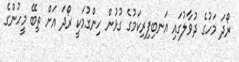
ރޯދަ މަހުގެ ދުވާލުގައި އަނބިފިރިކަމުގެ ގުޅުން ހިންގުމަކީ ރޯދަ އަށް ތިބޭ މީހުންގެ